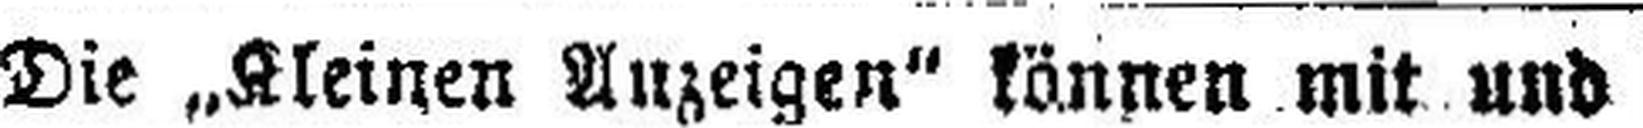
Die „Kleinen Anzeige“ können mit und